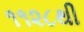
૧૧૨૮થી